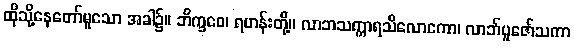
ထိုသို့နေတော်မူသော အခါ၌။ ဘိက္ခဝေ၊ ရဟန်းတို့။ လာဘသက္ကာရသိလောကော၊ လာဘ်ပူဇော်သကာ